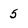
Character: 5